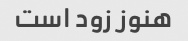
هنوز زود است